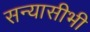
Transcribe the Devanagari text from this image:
सन्यासीभी